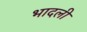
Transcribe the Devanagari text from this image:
भादली